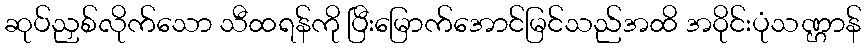
ဆုပ်ညှစ်လိုက်သော သီထရန်ကို ပြီးမြောက်အောင်မြင်သည်အထိ အဝိုင်းပုံသဏ္ဌာန်